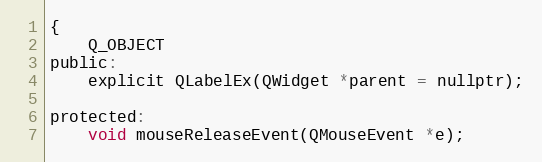
Language: C
{
    Q_OBJECT
public:
    explicit QLabelEx(QWidget *parent = nullptr);

protected:
    void mouseReleaseEvent(QMouseEvent *e);